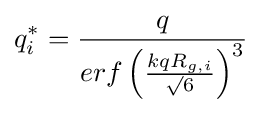
q_{i}^{*}={\frac {q}{erf\left({\frac {kqR_{g,i}}{\surd 6}}\right)^{3}}}